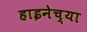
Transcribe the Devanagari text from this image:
हाइनेच्या